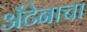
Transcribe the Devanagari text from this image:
अँटेनाचा